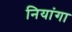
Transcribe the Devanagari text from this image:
नियांगा